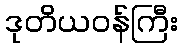
ဒုတိယဝန်ကြီး